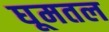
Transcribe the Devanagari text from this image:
घूमतल